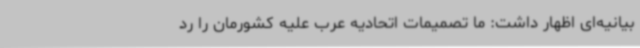
بیانیه‌ای اظهار داشت: ما تصمیمات اتحادیه عرب علیه کشورمان را رد ‌